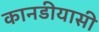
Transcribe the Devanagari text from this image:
कानडीयासी